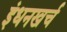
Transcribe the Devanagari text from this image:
इंधनखर्च